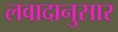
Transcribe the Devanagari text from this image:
लवादानुसार